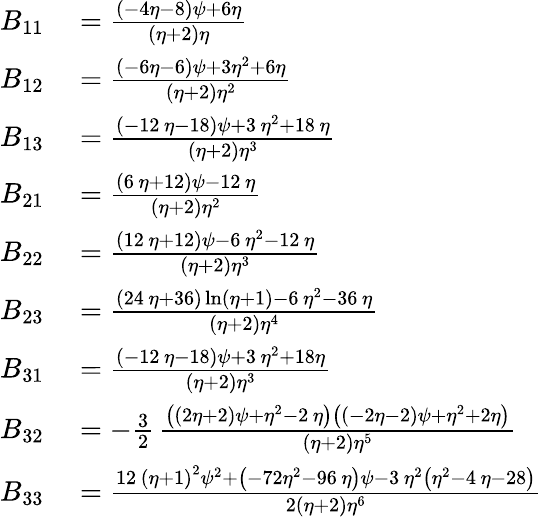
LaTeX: \begin{array}{rl}{B_{11}}&{{}={\frac{\left(-4\eta-8\right)\psi+6\eta}{\left(\eta+2\right)\eta}}}\\ {B_{12}}&{{}={\frac{\left(-6\eta-6\right)\psi+3\eta^{2}+6\eta}{\left(\eta+2\right){\eta}^{2}}}}\\ {B_{13}}&{{}={\frac{\left(-12\, \eta-18\right)\psi+3\, {\eta}^{2}+18\, \eta}{\left(\eta+2\right){\eta}^{3}}}}\\ {B_{21}}&{{}={\frac{\left(6\, \eta+12\right)\psi-12\, \eta}{\left(\eta+2\right){\eta}^{2}}}}\\ {B_{22}}&{{}={\frac{\left(12\, \eta+12\right)\psi-6\, {\eta}^{2}-12\, \eta}{\left(\eta+2\right){\eta}^{3}}}}\\ {B_{23}}&{{}={\frac{\left(24\, \eta+36\right)\ln\left(\eta+1\right)-6\, {\eta}^{2}-36\, \eta}{\left(\eta+2\right){\eta}^{4}}}}\\ {B_{31}}&{{}={\frac{\left(-12\, \eta-18\right)\psi+3\, {\eta}^{2}+18\eta}{\left(\eta+2\right){\eta}^{3}}}}\\ {B_{32}}&{{}=-\frac 32\, {\frac{\left(\left(2\eta+2\right)\psi+{\eta}^{2}-2\, \eta\right)\left(\left(-2\eta-2\right)\psi+{\eta}^{2}+2\eta\right)}{\left(\eta+2\right){\eta}^{5}}}}\\ {B_{33}}&{{}={\frac{12\, \left(\eta+1\right)^{2}\psi^{2}+\left(-72{\eta}^{2}-96\, \eta\right)\psi-3\, {\eta}^{2}\left({\eta}^{2}-4\, \eta-28\right)}{2\left(\eta+2\right){\eta}^{6}}}}\end{array}